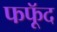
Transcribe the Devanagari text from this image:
फफूॅद